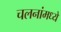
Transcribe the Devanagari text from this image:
चलनांमध्ये